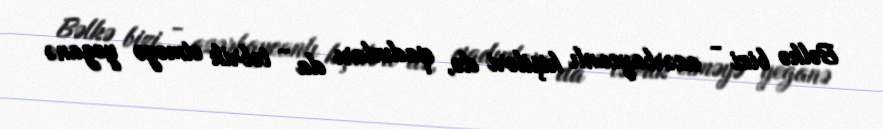
Bəlkə bizi - azərbaycanlı kişiləri də, qadınları da - təbrik etməyə yeganə